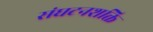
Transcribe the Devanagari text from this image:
संघटनशक्ति